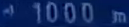
1000m